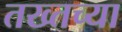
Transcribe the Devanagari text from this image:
तख्तच्या